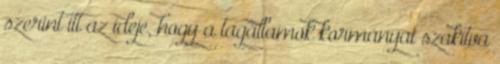
szerint itt az ideje, hogy a tagállamok kormányai szakítva